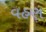
વહણ